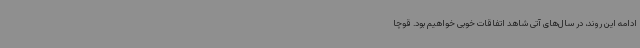
ادامه این روند، در سال‌های آتی شاهد اتفاقات خوبی خواهیم بود. قوچا